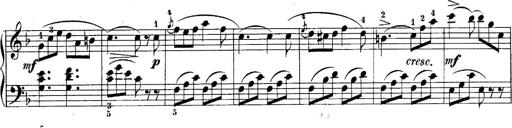
Title: 10 Sonatines progressives
Composer: Anton Schmoll